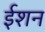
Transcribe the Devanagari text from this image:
ईशन